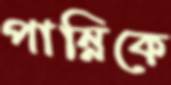
পান্নিকে